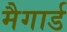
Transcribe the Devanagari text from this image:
मैगार्ड